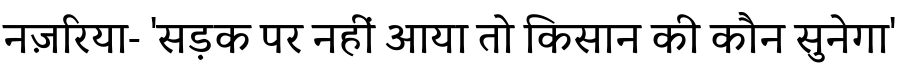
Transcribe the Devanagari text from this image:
नज़रिया- 'सड़क पर नहीं आया तो किसान की कौन सुनेगा'